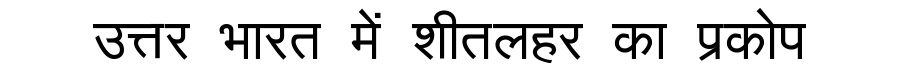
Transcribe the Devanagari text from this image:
उत्तर भारत में शीतलहर का प्रकोप